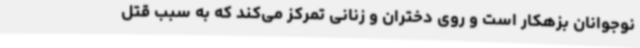
نوجوانان بزهکار است و روی دختران و زنانی تمرکز می‌کند که به سبب قتل